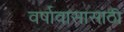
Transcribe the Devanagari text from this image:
वर्षावासासाठी